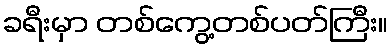
ခရီးမှာ တစ်ကွေ့တစ်ပတ်ကြီး။